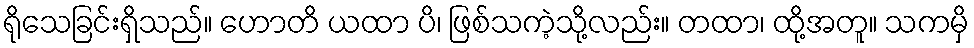
ရိုသေခြင်းရှိသည်။ ဟောတိ ယထာ ပိ၊ ဖြစ်သကဲ့သို့လည်း။ တထာ၊ ထို့အတူ။ သကမှိ